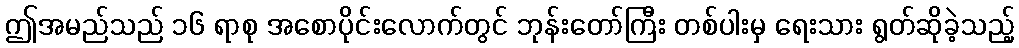
ဤအမည်သည် ၁၆ ရာစု အစောပိုင်းလောက်တွင် ဘုန်းတော်ကြီး တစ်ပါးမှ ရေးသား ရွတ်ဆိုခဲ့သည့်